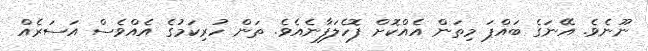
ނޫނެވެ. އޭނަގެ ބައްޕަ މިތަން އެއްކޮށް ފޮހެލަފާނެއެވެ. ތަން ހުރިކަމުގެ އެއްވެސް އަސަރެއް